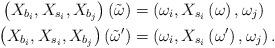
LaTeX: \begin{align*}\left(X_{b_{i}},X_{s_{i}},X_{b_{j}}\right)\left(\tilde{\omega}\right)&=\left(\omega_{i},X_{s_{i}}\left(\omega\right),\omega_{j}\right)\quad\\ \left(X_{b_{i}},X_{s_{i}},X_{b_{j}}\right)\left(\tilde{\omega}^{\prime}\right)&=\left(\omega_{i},X_{s_{i}}\left(\omega^{\prime}\right),\omega_{j}\right).\end{align*}